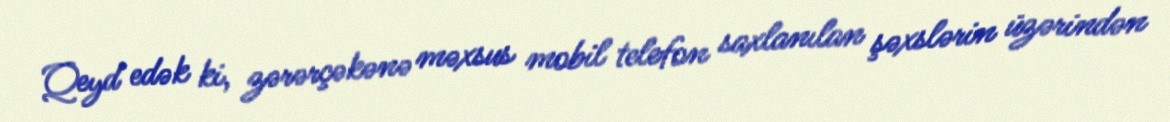
Qeyd edək ki, zərərçəkənə məxsus mobil telefon saxlanılan şəxslərin üzərindən